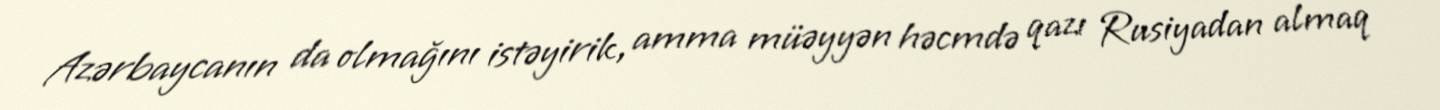
Azərbaycanın da olmağını istəyirik, amma müəyyən həcmdə qazı Rusiyadan almaq